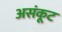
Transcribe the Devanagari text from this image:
असंकूट